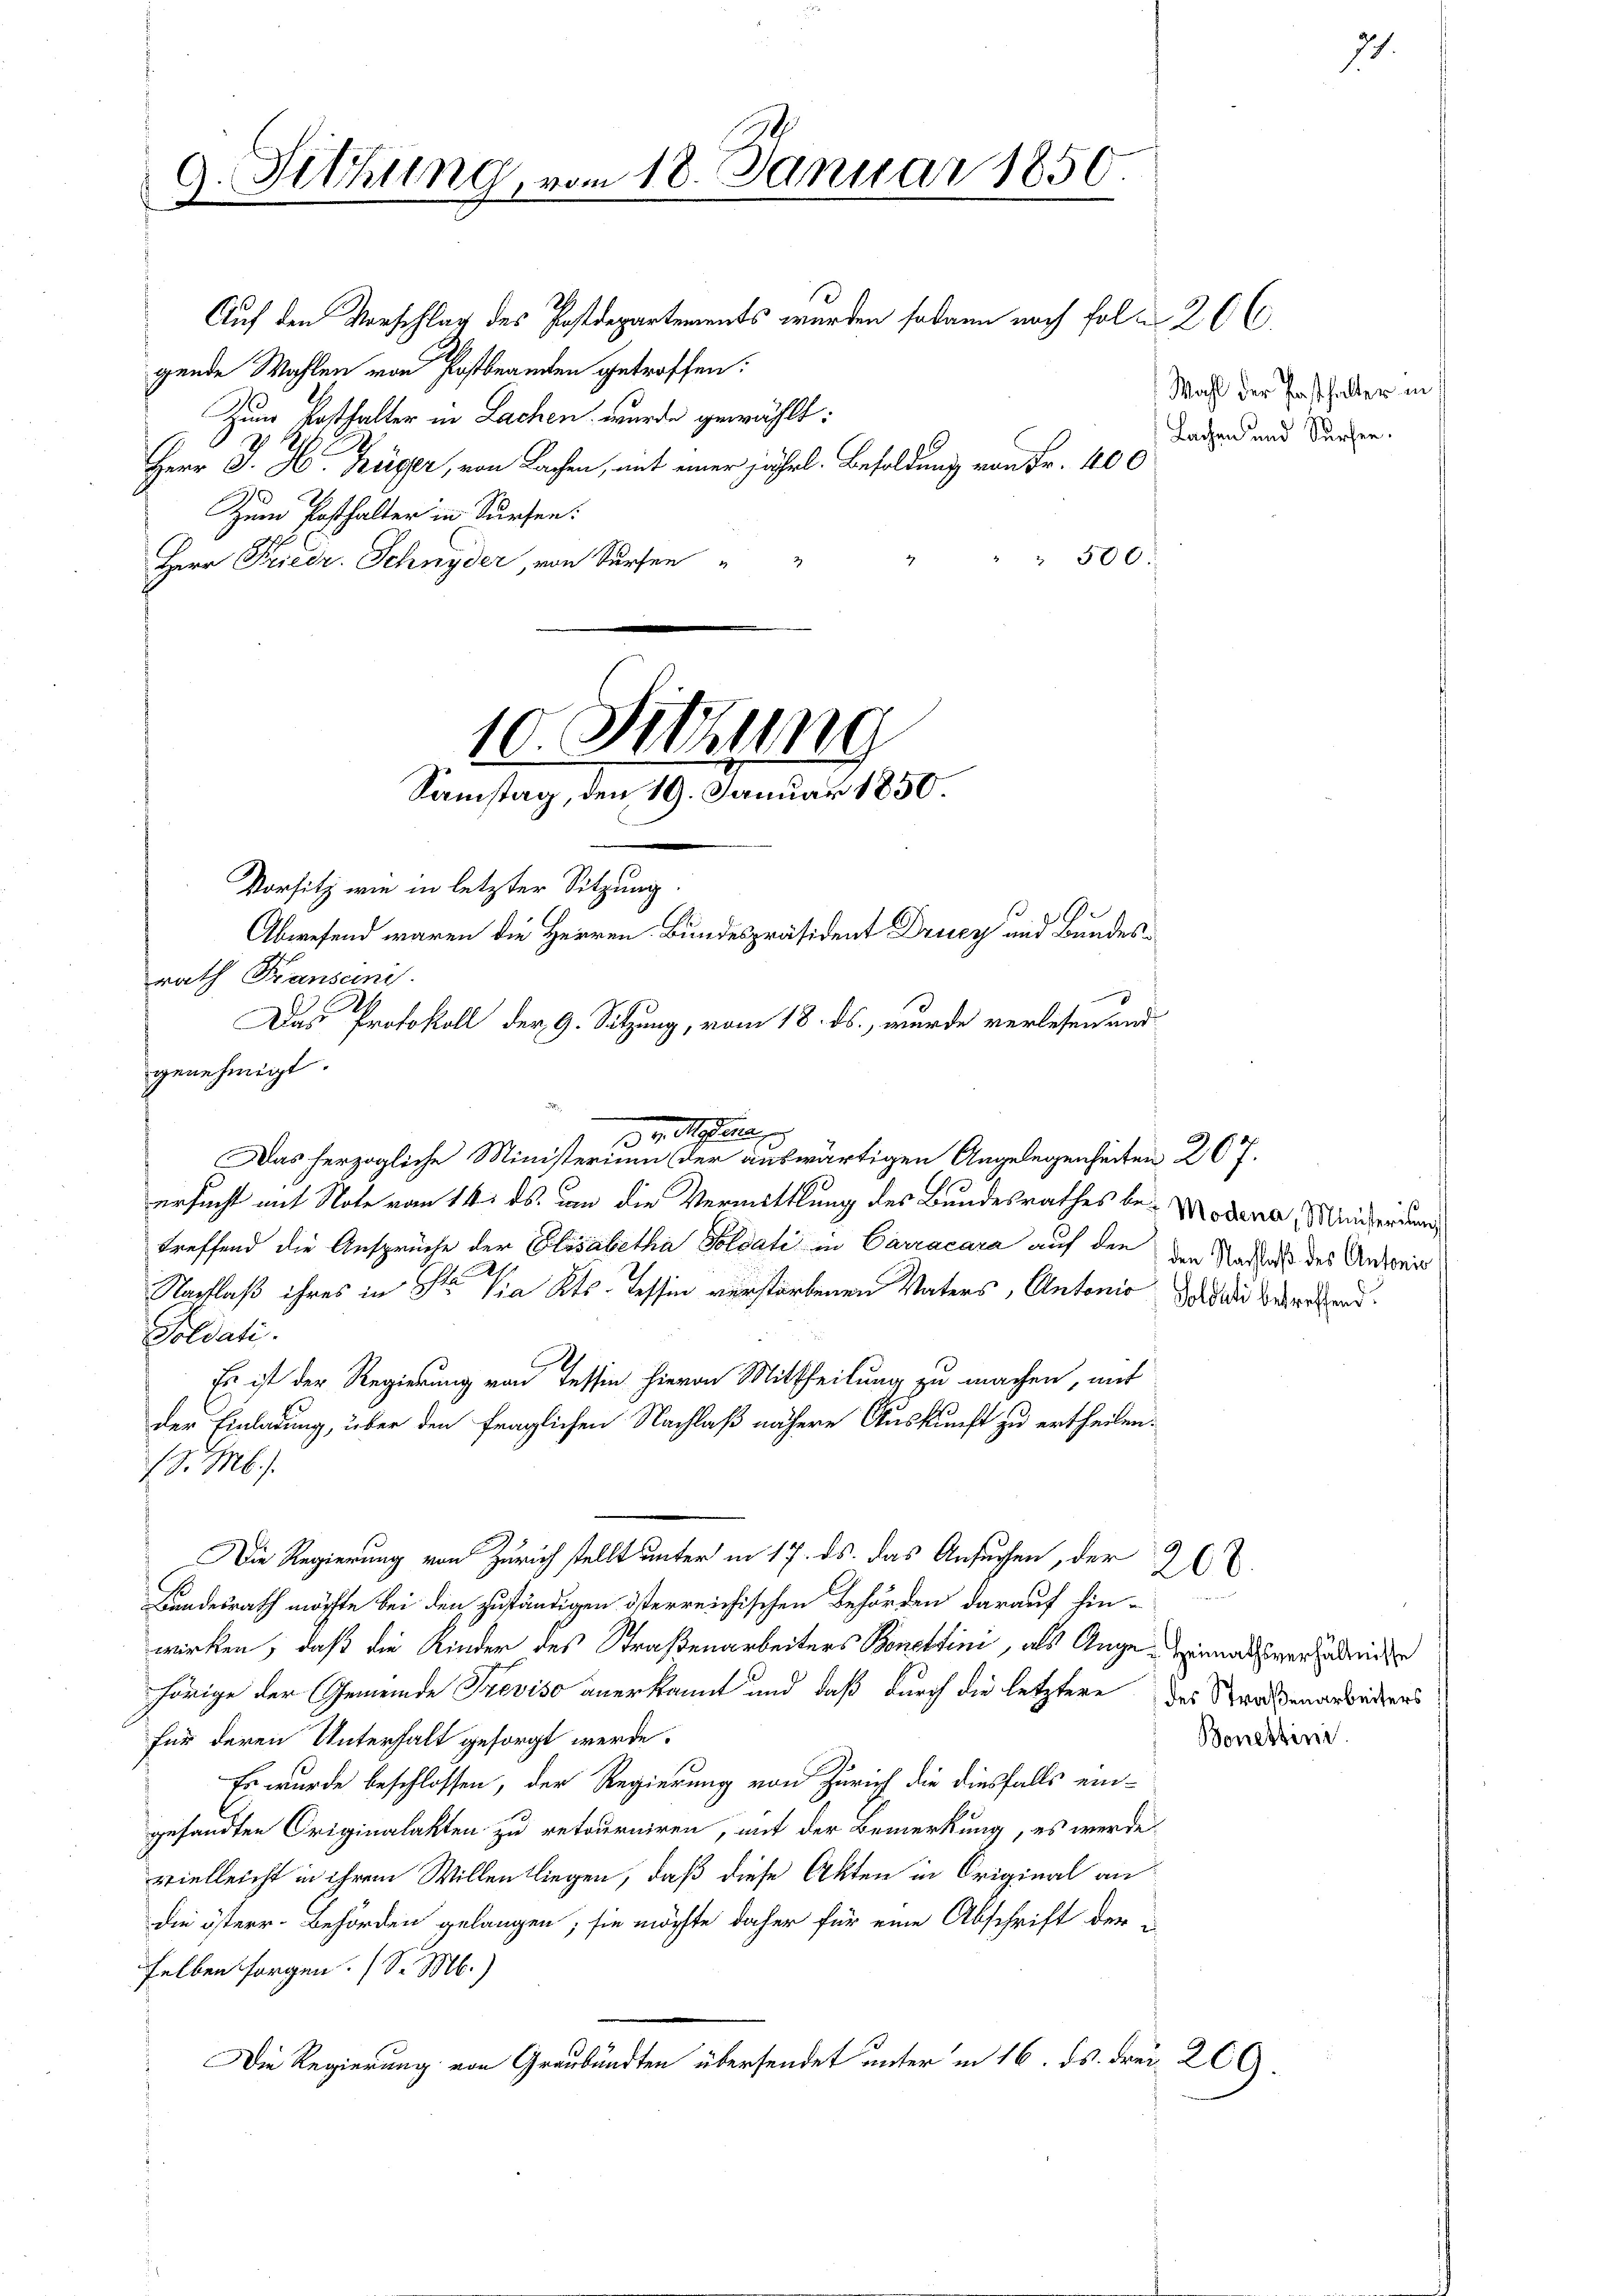
Sitzung, vom 18. Januar 1850.
.

mennern

Auf den Vorschlag des Postdepartements werden sodann noch fol. 26 l.
gende Wahlen von Postbrandten getroffen:
Zum Posthalter in Lachen wurde gewählt:
Herr J. H. Büger, von Sachen, mit einer jährl. Besoldung von Fr. 400
Zum Posthalter in dürfen:
" 500.
.
Herr Friedr. Schnyder, von dürfen

10. Schlung
Samstag, den 19. Januar 1850.

Abwesend waren die Herren Bundespräsident Drucz und Bundes¬

Vorsitz wie in letzter Sitzung.
rath Franseni
A
Das Protokoll der 9. Sitzung, vom 18. ds., wurde verlesen und
genehmigt.
de Meere,
Das herzogliche Ministerium der auswärtigen Angelegenheiten 207.
ersucht mit Note vom 14. ds. von die Vermittlung des Bundesrathes be- Modena Meierdun
treffend die Ansprüche der Elisabetha Soldati in Carracara auf den den Nachlaß des Antweis
1
Nachlaß ihres in Str. Via Kts. Tessin verstorbenen Vaters, Antonio, da di beruhend
Soldati
Es ist der Regierung von Tessin hievon Mittheilung zu machen, mit
der Einladung, über den fraglichen Nachlaß nähere Auskunft zu ertheilen.
S. M.
Die Regierung von Zürich stellt unter in 17. ds. das Ansuchen, der
Bundesrath möchte bei den zuständigen österreichischen Behörden darauf hin-
wirken, daß die Kinder des Straßenarbeiters Bonettini, als Ange-Heimathsversadriden
hörige der Gemeinde Treviso anerkannt und daß durch die letztere des Staadenarbeitens
für deren Unterhalt gesorgt werde.
Er wurde beschlossen, der Regierung von Zürich die diesfalls ein-
gesandten Originalakten zu retourniren, mit der Bemerkung, es werde
vielleicht in ihrem Willen liegen, daß diese Akten in Original an
die österr. Behörden gelangen; sie möchte daher für eine Abschrift der
selben sorgen. (S. M.)
Die Regierung von Graubünden übersendet unter in 16. ds. drei 269.

Wahl der Pasthalter in
Lachen und dürfen.

71.

200.

n

Bonessini.